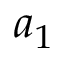
a _ { 1 }